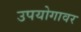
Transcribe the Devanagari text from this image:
उपयोगावर